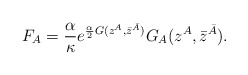
\begin{align*}F_A = \frac{\alpha}{\kappa}e^{\frac{\alpha}{2} G(z^A, \bar z^{\bar A})}G_A(z^A, \bar z^{\bar A}).\end{align*}